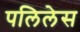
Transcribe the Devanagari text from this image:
पलिलेस